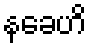
နခေဟိ